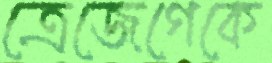
ত্রেজেগেকে